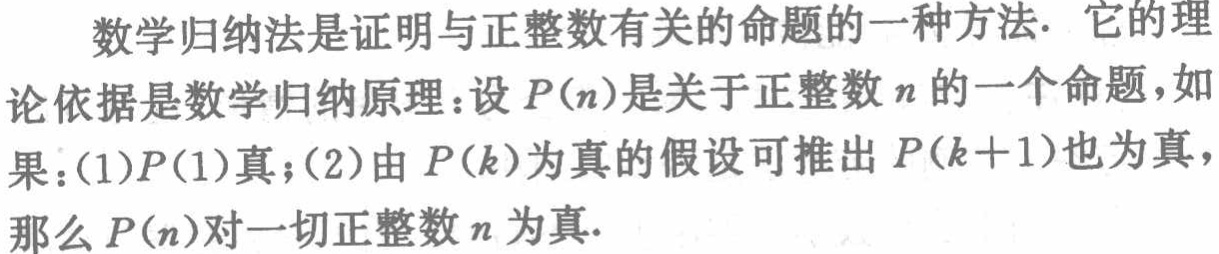
数学归纳法是证明与正整数有关的命题的一种方法. 它的理
论依据是数学归纳原理：设\(P(n)\)是关于正整数\(n\)的一个命题，如果：(1)\(P(1)\)真；(2)由\(P(k)\)为真的假设可推出\(P(k + 1)\)也为真，那么\(P(n)\)对一切正整数\(n\)为真.